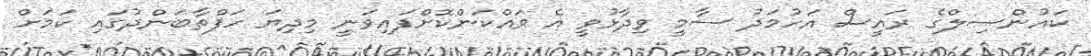
ކައުންސިލްގެ ރައީސް އަހުމަދު ސާމީ ވިދާޅުވީ އެ ވައްކަންކޮށްފައިވަނީ މިދިޔަ ހަފްތާބަންދުގައި ކަމަށް